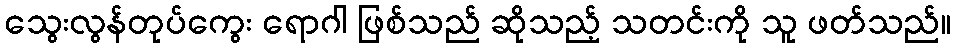
သွေးလွန်တုပ်ကွေး ရောဂါ ဖြစ်သည် ဆိုသည့် သတင်းကို သူ ဖတ်သည်။